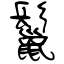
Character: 鬣